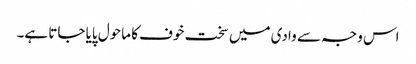
اس وجہ سے وادی میں سخت خوف کا ماحول پایا جاتا ہے۔